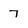
Character: 7